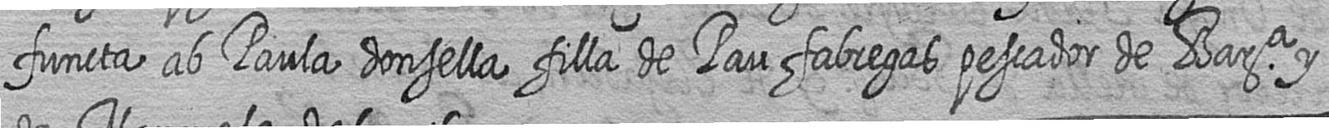
functa ab Paula donsella filla de Pau fabregas pescador de Bara y